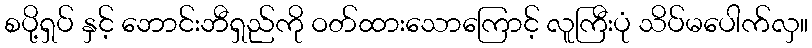
စပို့ရှပ် နှင့် ဘောင်းဘီရှည်ကို ဝတ်ထားသောကြောင့် လူကြီးပုံ သိပ်မပေါက်လှ။